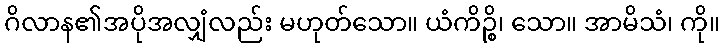
ဂိလာန၏အပိုအလျှံလည်း မဟုတ်သော။ ယံကိဉ္စိ၊ သော။ အာမိသံ၊ ကို။